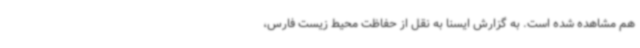
هم مشاهده شده است. به گزارش ایسنا به نقل از حفاظت محیط زیست فارس،